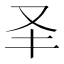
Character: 𠬤